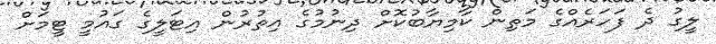
ލީގު ދެ ފަހަރެއްގެ މަތިން ކާމިޔާބުކޮށް ދިނުމުގެ އިތުރުން އިޓަލީގެ ގައުމީ ޓީމަށް